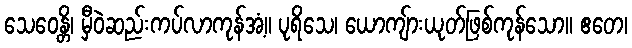
သေဝေန္တိ၊ မှီဝဲဆည်းကပ်လာကုန်အံ့။ ပုရိသေ၊ ယောကျ်ားယုတ်ဖြစ်ကုန်သော။ ဧတေ၊